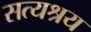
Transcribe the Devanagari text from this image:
सत्यश्रय